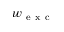
w _ { \mathrm { ~ e ~ x ~ c ~ } }